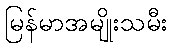
မြန်မာအမျိုးသမီး